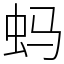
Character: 蚂